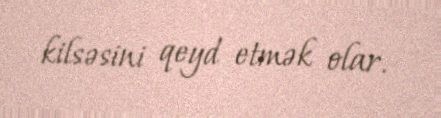
kilsəsini qeyd etmək olar.